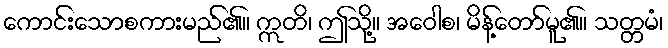
ကောင်းသောစကားမည်၏။ ဣတိ၊ ဤသို့။ အဝေါစ၊ မိန့်တော်မူ၏။ သတ္တမံ၊